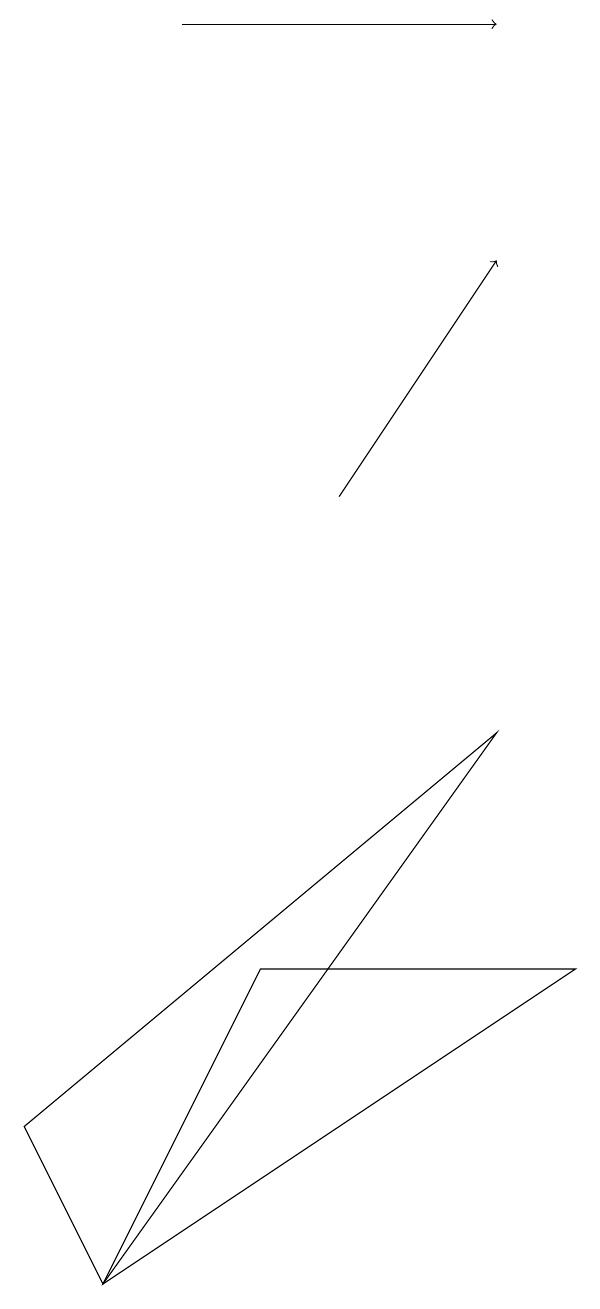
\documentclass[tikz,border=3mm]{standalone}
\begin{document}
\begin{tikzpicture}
\draw[->] (2,17) -- (6,17);
\draw (3,5) -- (7,5) -- (1,1) -- cycle;
\draw[->] (4,11) -- (6,14);
\draw (6,8) -- (0,3) -- (1,1) -- cycle;
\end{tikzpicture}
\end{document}